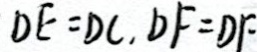
D E = D C , D F = D F